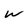
Character: W